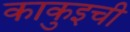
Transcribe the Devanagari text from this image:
काकुइची